Source: Handwritten
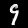
Digit: ၄ (4)